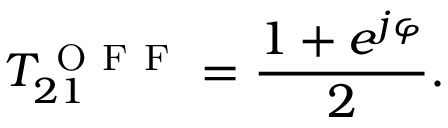
T _ { 2 1 } ^ { \mathrm { ~ O ~ F ~ F ~ } } = \frac { 1 + e ^ { j \varphi } } { 2 } .